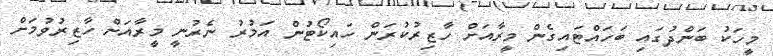
މީހަކު ބަންދުގައި ބަހައްޓައިގެން މީރާއަަށް ހާޒިރުކުރަން ހައިކޯޓުން އަމުރު ނެރުނީ މީރާއަށް ހާޒިރުވުމަށް